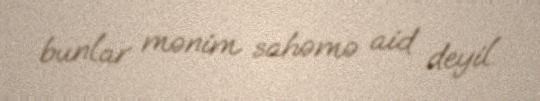
bunlar mənim sahəmə aid deyil.